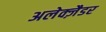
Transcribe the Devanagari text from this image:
अलेक्ज़ैडर